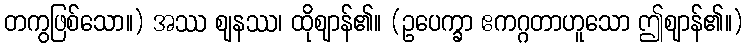
တကွဖြစ်သော။) အဿ ဈနဿ၊ ထိုဈာန်၏။ (ဥပေက္ခာ ဧကဂ္ဂတာဟူသော ဤဈာန်၏။)